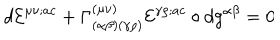
LaTeX: d { \cal E } ^ { \mu \nu ; a c } + \Gamma _ { ( \alpha \beta ) ( \gamma \rho ) } ^ { ( \mu \nu ) } { \cal E } ^ { \gamma \rho ; a c } \circ d g ^ { \alpha \beta } = 0